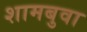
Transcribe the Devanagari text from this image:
शामबुवा